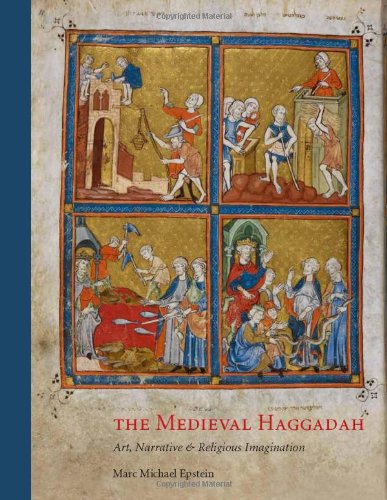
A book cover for The Medieval Haggadah: Art, Narrative, and Religious Imagination; Marc  Michael Epstein; Crafts, Hobbies & Home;